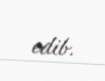
edib.